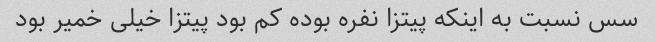
سس نسبت به اینکه پیتزا نفره بوده کم بود پیتزا خیلی خمیر بود